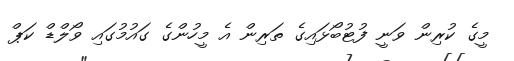
މީގެ ކުރިން ވަނީ ފުޓުބޯޅައިގެ ތަރިން އެ މީހުންގެ ގައުމުގައި ވޯލްޑް ކަޕް